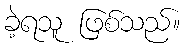
ခဲ့ရသူ ဖြစ်သည်။